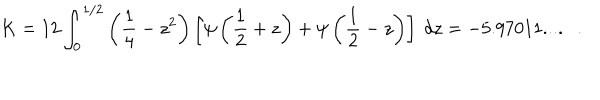
K = 1 2 \int _ { 0 } ^ { 1 / 2 } \left( { \frac { 1 } { 4 } } - z ^ { 2 } \right) \left[ \psi \left( { \frac { 1 } { 2 } } + z \right) + \psi \left( { \frac { 1 } { 2 } } - z \right) \right] ~ d z = - 5 . 9 7 0 1 1 . . . . .